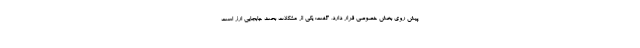
پیش روی بخش خصوصی قرار دارد، گفت: یکی از مشکلات بحث جابجایی ارز است